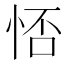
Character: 㤳